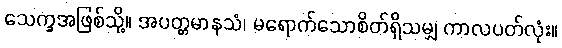
သေက္ခအဖြစ်သို့။ အပတ္တမာနသံ၊ မရောက်သောစိတ်ရှိသမျှ ကာလပတ်လုံး။